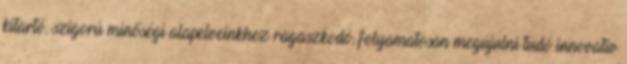
kitartó, szigorú minőségi alapelveinkhez ragaszkodó, folyamatosan megújulni tudó innovatív